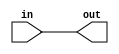
module top_module( input in, output out );
    assign out = in;
endmodule